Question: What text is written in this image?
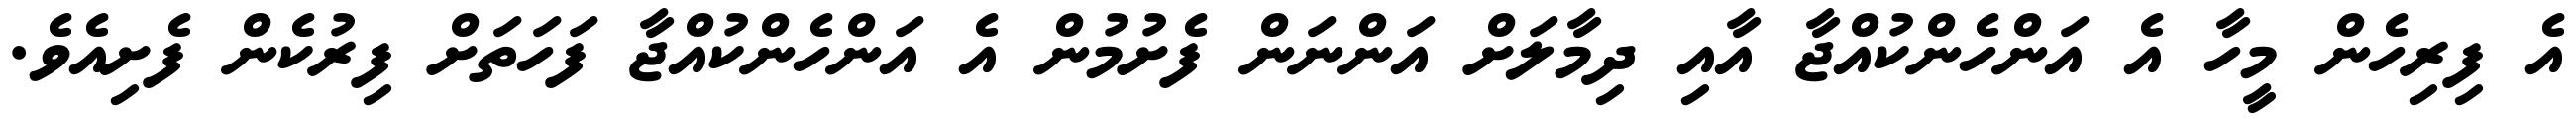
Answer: އެ ފިރިހެން މީހާ އެ އަންހެންކުއްޖާ އާއި ދިމާލަށް އަންނަން ފެށުމުން އެ އަންހެންކުއްޖާ ފަހަތަށް ފިރުކެން ފެށިއެވެ.